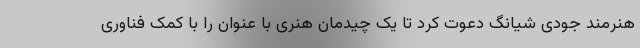
هنرمند جودی شیانگ دعوت کرد تا یک چیدمان هنری با عنوان را با کمک فناوری